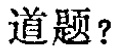
道题?